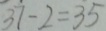
3 7 - 2 = 3 5